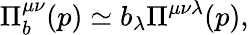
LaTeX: \Pi_{b}^{\mu\nu}(p)\simeq b_{\lambda}\Pi^{\mu\nu\lambda}(p),